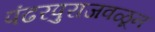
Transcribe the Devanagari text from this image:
पंढरपुराजवळून